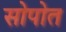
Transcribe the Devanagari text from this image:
सोपोत